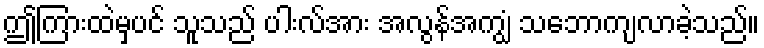
ဤကြားထဲမှပင် သူသည် ပါးလ်အား အလွန်အကျွံ သဘောကျလာခဲ့သည်။